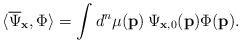
LaTeX: \begin{align*} \langle \overline{\Psi}_{\mathbf{x}}, \Phi\rangle=\int d^n\mu(\mathbf{p})\, \Psi_{\mathbf{x},0}(\mathbf{p}) \Phi(\mathbf{p}).\end{align*}